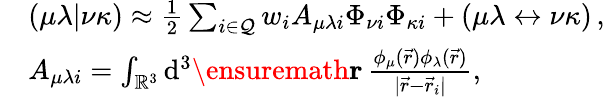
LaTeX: \begin{array}{rl}&{(\mu\lambda\vert\nu\kappa)\approx\frac{1}{2}\sum_{i\in\mathcal{Q}}w_{i}A_{\mu\lambda i}\Phi_{\nu i}\Phi_{\kappa i}+(\mu\lambda\leftrightarrow\nu\kappa)\, ,}\\ &{A_{\mu\lambda i}=\int_{\mathbb{R}^{3}}\mathrm{d}^{3}\ensuremath\mathbf{r}\, \frac{\phi_{\mu}(\vec{r})\phi_{\lambda}(\vec{r})}{\vert\vec{r}-\vec{r}_{i}\vert},}\end{array}